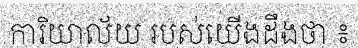
ការិយាល័យ របស់យើងដឹងថា ៖